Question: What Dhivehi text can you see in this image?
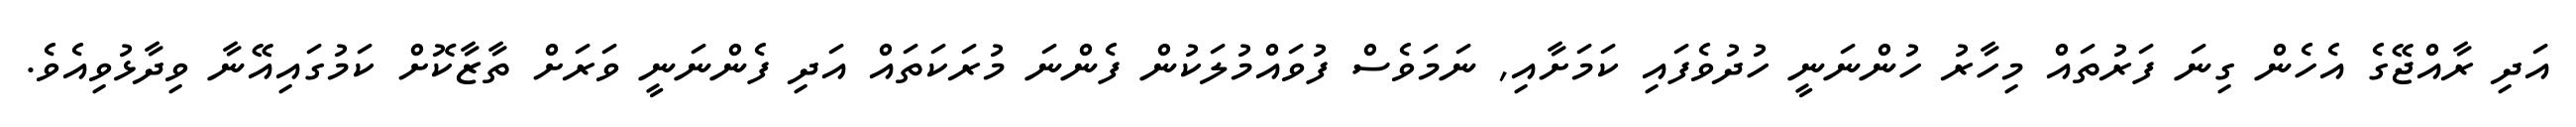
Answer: އަދި ރާއްޖޭގެ އެހެން ގިނަ ފަރުތައް މިހާރު ހުންނަނީ ހުދުވެފައި ކަމަށާއި, ނަމަވެސް ފުވައްމުލަކުން ފެންނަ މުރަކަތައް އަދި ފެންނަނީ ވަރަށް ތާޒާކޮށް ކަމުގައިއޭނާ ވިދާޅުވިއެވެ.